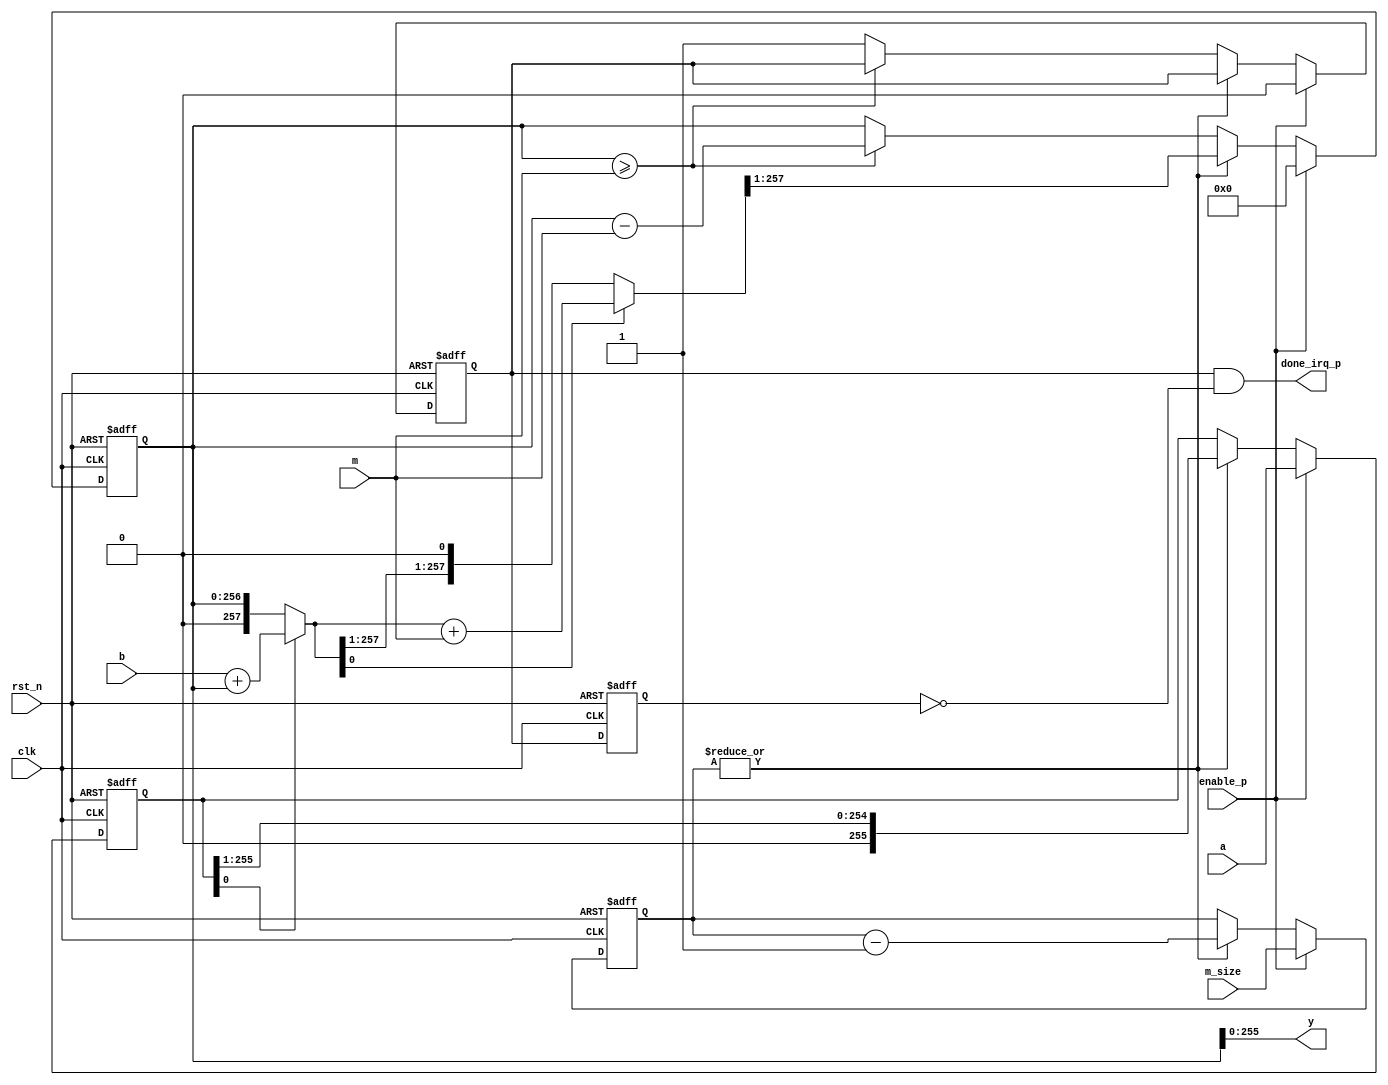
module montgomery_mul #(  parameter NBITS = 256) (
  input               clk,
  input               rst_n,
  input               enable_p,
  input  [NBITS-1 :0] a,
  input  [NBITS-1 :0] b,
  input  [NBITS-1 :0] m,
  input  [11      :0] m_size,
  output [NBITS-1 :0] y,
  output              done_irq_p);

//reg/wire declaration

reg [NBITS   :0] y_loc;
reg [NBITS-1 :0] a_loc;
reg              done_irq_p_loc;
reg              done_irq_p_loc_d;
reg [11      :0] m_size_cnt;


wire [NBITS+1 :0] b_loc_mul_a_loc_i ;
wire [NBITS+1 :0] y_loc_for_red ;
//a*b*(2^-n) mod m

//assign b_loc_mul_a_loc_i    = b*a_loc[0] + y_loc;
assign b_loc_mul_a_loc_i    = a_loc[0] ? (b + y_loc) : y_loc;
assign y_loc_for_red        = (b_loc_mul_a_loc_i[0] == 1'b1) ? (b_loc_mul_a_loc_i + m ) : b_loc_mul_a_loc_i;

always @ (posedge clk or negedge rst_n) begin
  if (rst_n == 1'b0) begin
    y_loc          <= {(NBITS+1){1'b0}};
    a_loc          <= {NBITS{1'b1}};
    done_irq_p_loc <= 1'b0;
  end
  else begin
    if (enable_p == 1'b1) begin
      a_loc          <= a;
      y_loc          <= {(NBITS+1){1'b0}};
      done_irq_p_loc <= 1'b0;
    end
    else if (|m_size_cnt[11:0]) begin
      y_loc <= {y_loc_for_red[NBITS+1 :1]};
      a_loc <= {1'b0, a_loc[NBITS-1 :1]};
    end 
    else begin
      if (y_loc >= m) begin
        y_loc <= y_loc - m;
      end
      else begin
        done_irq_p_loc <= 1'b1;      end    end  end end

  
  always @ (posedge clk or negedge rst_n) begin
    if (rst_n == 1'b0) begin
      m_size_cnt    <= 12'b0;
    end
    else begin
      if (enable_p == 1'b1) begin
        m_size_cnt    <= m_size;   end
      else if (|m_size_cnt[11:0]) begin
        m_size_cnt    <= m_size_cnt-1'b1;
      end    end  end
 
  always @ (posedge clk or negedge rst_n) begin
    if (rst_n == 1'b0) begin
      done_irq_p_loc_d  <= 1'b0;
    end
    else begin
      done_irq_p_loc_d  <= done_irq_p_loc  ; end end
  assign done_irq_p =  done_irq_p_loc & ~done_irq_p_loc_d;
  assign y          =  y_loc[NBITS-1 :0];
endmodule